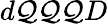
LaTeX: d\mathcal{Q}\mathcal{Q}\mathcal{Q}D